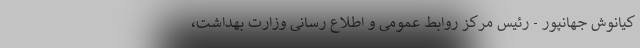
کیانوش جهانپور - رئیس مرکز روابط عمومی و اطلاع رسانی وزارت بهداشت،